Annual statistical returns and brief notes on vaccination in Bengal - 1896-1909
Year: 1896
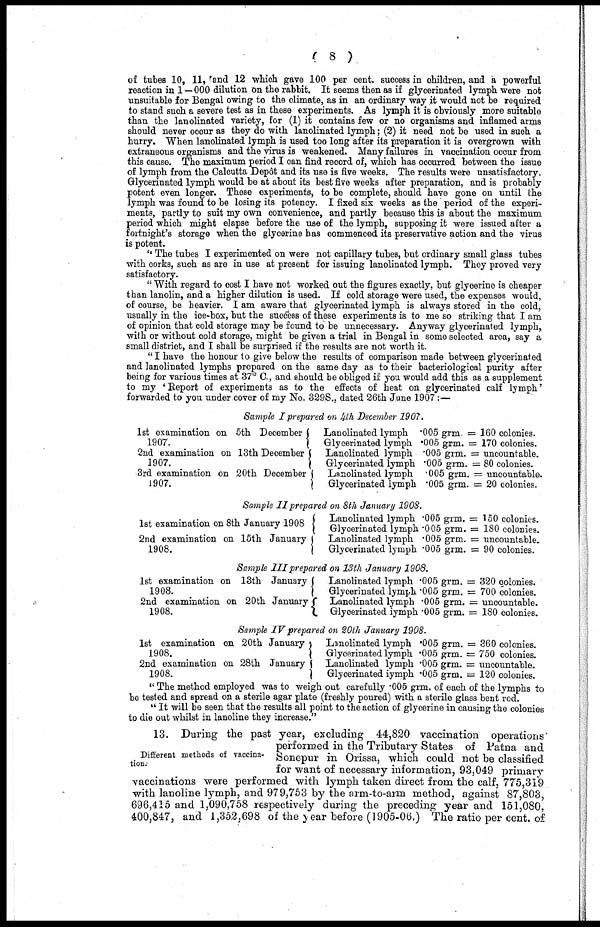
( 8 )
of tubes 10, 11, and 12 which gave 100 per cent. success in children, and a powerful
reaction in 1-000 dilution on the rabbit. It seems then as if glycerinated lymph were not
unsuitable for Bengal owing to the climate, as in an ordinary way it would not be required
to stand such a severe test as in these experiments. As lymph it is obviously more suitable
than the lanolinated variety, for (1) it contains few or no organisms and inflamed arms
should never occur as they do with lanolinated lymph; (2) it need not be used in such a
hurry. When lanolinated lymph is used too long after its preparation it is overgrown with
extraneous organisms and the virus is weakened. Many failures in vaccination occur from
this cause. The maximum period I can find record of, which has occurred between the issue
of lymph from the Calcutta Depôt and its use is five weeks. The results were unsatisfactory.
Glycerinated lymph would be at about its best five weeks after preparation, and is probably
potent even longer. These experiments, to be complete, should have gone on until the
lymph was found to be losing its potency. I fixed six weeks as the period of the experi-
ments, partly to suit my own convenience, and partly because this is about the maximum
period which might elapse before the use of the lymph, supposing it were issued after a
fortnight's storage when the glycerine has commenced its preservative action and the virus
is potent.
" The tubes I experimented on were not capillary tubes, but ordinary small glass tubes
with corks, such as are in use at present for issuing lanolinated lymph. They proved very
satisfactory.
" With regard to cost I have not worked out the figures exactly, but glycerine is cheaper
than lanolin, and a higher dilution is used. If cold storage were used, the expenses would,
of course, be heavier. I am aware that glycerinated lymph is always stored in the cold,
usually in the ice-box, but the success of these experiments is to me so striking that I am
of opinion that cold storage may be found to be unnecessary. Anyway glycerinated lymph,
with or without cold storage, might be given a trial in Bengal in some selected area, say a
small district, and I shall be surprised if the results are not worth it.
" I have the honour to give below the results of comparison made between glycerinated
and lanolinated lymphs prepared on the same day as to their bacteriological purity after
being for various times at 37° C., and should be obliged if you would add this as a supplement
to my ' Report of experiments as to the effects of heat on glycerinated calf lymph'
forwarded to you under cover of my No. 329S., dated 26th June 1907:—
Sample I prepared on 4th December 1907.
1st examination on 5th December
1907.
2nd examination on 13th December
1907.
3rd examination on 20th December J
1907.
Lanolinated lymph .005 grm. = 160 colonies.
Glycerinated lymph .005 grm. = 170 colonies.
Lanolinated lymph .005 grm. = uncountable.
Glycerinated lymph .005 grm. = 80 colonies.
Lanolinated lymph .005 grm. = uncountable.
Glycerinated lymph .005 grm. = 20 colonies.
Sample IIprepared on 8th January 190S.
1st examination on 8th January 1908
2nd examination on 15th January
1908.
Lanolinated lymph .005 grm. = 150 colonies.
Glycerinated lymph .005 grm. = 180 colonies.
Lanolinated lymph .005 grm. = uncountable.
Glycerinated lymph .005 grm. = 90 colonies.
Sample III prepared on 13th January 1908.
1st examination on 13th January
1908.
2nd examination on 20th January
1908.
Lanolinated lymph .005 grm. = 320 colonies.
Glycerinated lymph .005 grm. = 700 colonies.
Lanolinated lymph .005 grm. = uncountable.
Glyoerinated iymph .005 grm. = 180 colonies.
Sample IV prepared on 20th January 1908.
1st examination on 20th January1908.
2nd examination on 28th January
1908.
Lanolinated lymph .005 grm. = 360 colonies.
Glyoerinated lymph .005 grm. = 750 colonies.
Lanolinated lymph .005 grm. = uncountable.
Glycerinated iymph .005 grm. = 120 colonies.
" The method employed was to weigh out carefully .005 grm. of each of the lymphs to
be tested and spread on a sterile agar plate (freshly poured) with a sterile glass bent rod.
" It will be seen that the results all point to the action of glycerine in causing the colonies
to die out whilst in lanoline they increase."
Different methods of vaccina-
tion.
13. During the past year, excluding 44,820 vaccination operations
performed in the Tributary States of Patna and
Sonepur in Orissa, which could not be classified
for want of necessary information, 93,049 primary
vaccinations were performed with lymph taken direct from the calf, 775,319
with lanoline lymph, and 979,753 by the arm-to-arm method, against 87,803,
696,415 and 1,090,758 respectively during the preceding year and 151,080,
400,847, and 1,352,698 of the year before (1905-06.) The ratio per cent. of